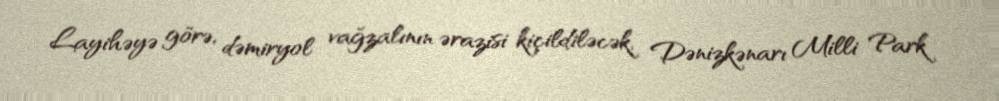
Layihəyə görə, dəmiryol vağzalının ərazisi kiçildiləcək, Dənizkənarı Milli Park